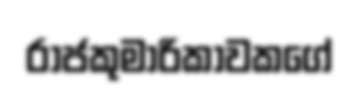
රාජකුමාරිකාවකගේ